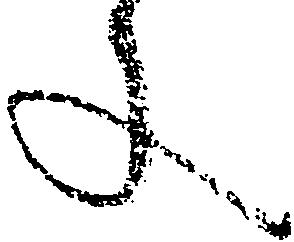
文